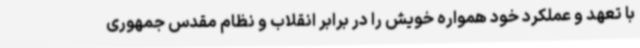
با تعهد و عملکرد خود همواره خویش را در برابر انقلاب و نظام مقدس جمهوری